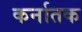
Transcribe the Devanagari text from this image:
कर्नातक